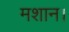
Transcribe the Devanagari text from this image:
मशान।